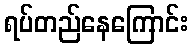
ရပ်တည်နေကြောင်း